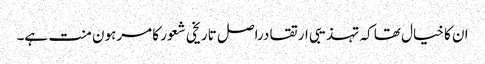
ان کا خیال تھا کہ تہذیبی ارتقا دراصل تاریخی شعور کا مرہون منت ہے۔